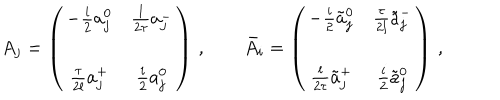
LaTeX: A _ { j } = \left( \begin{array} { c c } { { - \frac i 2 a _ { j } ^ { 0 } } } & { { \frac { l } { 2 \tau } a _ { j } ^ { - } } } \\ { { } } & { { } } \\ { { \frac { \tau } { 2 l } a _ { j } ^ { + } } } & { { \frac i 2 a _ { j } ^ { 0 } } } \\ \end{array} \right) \, , \qquad { \bar { A } } _ { i } = \left( \begin{array} { c c } { { - \frac i 2 { \tilde { a } } _ { j } ^ { 0 } } } & { { \frac { \tau } { 2 l } { \tilde { a } } _ { j } ^ { - } } } \\ { { } } & { { } } \\ { { \frac { l } { 2 \tau } { \tilde { a } } _ { j } ^ { + } } } & { { \frac i 2 { \tilde { a } } _ { j } ^ { 0 } } } \\ \end{array} \right) \, ,